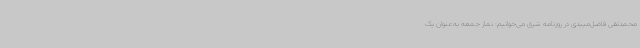
محمدتقی فاضل‌میبدی در روزنامه شرق می‌خوانیم: نماز جمعه به‌عنوان یک